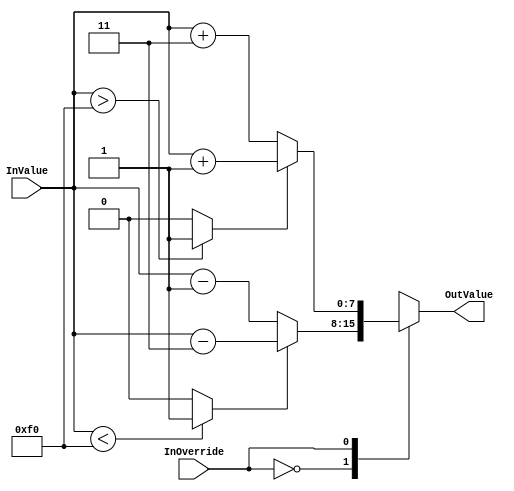
`timescale 1ns/1ps
`default_nettype none
// PLEASE READ THIS, IT MAY SAVE YOU SOME TIME AND MONEY, THANK YOU!
// * This file was generated by Quokka FPGA Toolkit.
// * Generated code is your property, do whatever you want with it
// * Place custom code between [BEGIN USER ***] and [END USER ***].
// * CAUTION: All code outside of [USER] scope is subject to regeneration.
// * Bad things happen sometimes in developer's life,
//   it is recommended to use source control management software (e.g. git, bzr etc) to keep your custom code safe'n'sound.
// * Internal structure of code is subject to change.
//   You can use some of signals in custom code, but most likely they will not exist in future (e.g. will get shorter or gone completely)
// * Please send your feedback, comments, improvement ideas etc. to evmuryshkin@gmail.com
// * Visit https://github.com/EvgenyMuryshkin/QuokkaEvaluation to access latest version of playground
//
// DISCLAIMER:
//   Code comes AS-IS, it is your responsibility to make sure it is working as expected
//   no responsibility will be taken for any loss or damage caused by use of Quokka toolkit.
//
// System configuration name is CombinationalL2Override_TopLevel, clock frequency is 1Hz, Top-level
// FSM summary
// -- Packages
module CombinationalL2Override_TopLevel
(
	// [BEGIN USER PORTS]
	// [END USER PORTS]
	input wire InOverride,
	input wire [7: 0] InValue,
	output wire [7: 0] OutValue
);
	// [BEGIN USER SIGNALS]
	// [END USER SIGNALS]
	localparam HiSignal = 1'b1;
	localparam LoSignal = 1'b0;
	wire Zero = 1'b0;
	wire One = 1'b1;
	wire true = 1'b1;
	wire false = 1'b0;
	wire CombinationalOverridesBase_L16F50T51_Expr = 1'b1;
	wire [1: 0] CombinationalOverridesBase_L14F61T77_CombinationalOverridesBase_L24F9L26T10_CombinationalOverridesBase_L25F20T50_CombinationalL2Override_L19F9L25T10_CombinationalL2Override_L20F41T42_Expr = 2'b11;
	wire [7: 0] CombinationalOverridesBase_L14F61T77_CombinationalOverridesBase_L24F9L26T10_CombinationalOverridesBase_L25F20T50_CombinationalL2Override_L19F9L25T10_CombinationalL2Override_L21F25T29_Expr = 8'b11110000;
	wire [7: 0] CombinationalOverridesBase_L14F80T96_CombinationalOverridesBase_L19F9L21T10_CombinationalOverridesBase_L20F20T50_CombinationalL2Override_L10F9L16T10_CombinationalL2Override_L12F25T29_Expr = 8'b11110000;
	wire [1: 0] CombinationalOverridesBase_L14F80T96_CombinationalOverridesBase_L19F9L21T10_CombinationalOverridesBase_L20F20T50_CombinationalL2Override_L10F9L16T10_CombinationalL2Override_L13F41T42_Expr = 2'b11;
	wire Inputs_InOverride;
	wire [7: 0] Inputs_InValue;
	wire [7: 0] InternalOffset;
	reg [7: 0] CombinationalOverridesBase_L14F61T77_CombinationalOverridesBase_L24F9L26T10_CombinationalOverridesBase_L25F20T50_CombinationalL2Override_L19F9L25T10_result;
	wire [7: 0] CombinationalOverridesBase_L14F61T77_CombinationalOverridesBase_L24F9L26T10_CombinationalOverridesBase_L25F20T50_CombinationalL2Override_L19F9L25T10_CombinationalL2Override_L20F26T43_Cast;
	wire [7: 0] CombinationalOverridesBase_L14F61T77_CombinationalOverridesBase_L24F9L26T10_CombinationalOverridesBase_L25F20T50_CombinationalL2Override_L19F9L25T10_CombinationalL2Override_L22F26T52_CombinationalOverridesBase_L34F9L36T10_CombinationalOverridesBase_L35F20T50_Cast;
	reg [7: 0] CombinationalOverridesBase_L14F80T96_CombinationalOverridesBase_L19F9L21T10_CombinationalOverridesBase_L20F20T50_CombinationalL2Override_L10F9L16T10_result;
	wire [7: 0] CombinationalOverridesBase_L14F80T96_CombinationalOverridesBase_L19F9L21T10_CombinationalOverridesBase_L20F20T50_CombinationalL2Override_L10F9L16T10_CombinationalL2Override_L11F26T52_CombinationalOverridesBase_L29F9L31T10_CombinationalOverridesBase_L30F20T50_Cast;
	wire [7: 0] CombinationalOverridesBase_L14F80T96_CombinationalOverridesBase_L19F9L21T10_CombinationalOverridesBase_L20F20T50_CombinationalL2Override_L10F9L16T10_CombinationalL2Override_L13F26T43_Cast;
	wire [9: 0] CombinationalOverridesBase_L14F61T77_CombinationalOverridesBase_L24F9L26T10_CombinationalOverridesBase_L25F20T50_CombinationalL2Override_L19F9L25T10_CombinationalL2Override_L20F33T42_Expr;
	wire signed [9: 0] CombinationalOverridesBase_L14F61T77_CombinationalOverridesBase_L24F9L26T10_CombinationalOverridesBase_L25F20T50_CombinationalL2Override_L19F9L25T10_CombinationalL2Override_L20F33T42_Expr_1;
	wire signed [9: 0] CombinationalOverridesBase_L14F61T77_CombinationalOverridesBase_L24F9L26T10_CombinationalOverridesBase_L25F20T50_CombinationalL2Override_L19F9L25T10_CombinationalL2Override_L20F33T42_Expr_2;
	wire [9: 0] CombinationalOverridesBase_L14F61T77_CombinationalOverridesBase_L24F9L26T10_CombinationalOverridesBase_L25F20T50_CombinationalL2Override_L19F9L25T10_CombinationalL2Override_L22F26T52_CombinationalOverridesBase_L34F9L36T10_CombinationalOverridesBase_L35F27T49_Expr;
	wire signed [9: 0] CombinationalOverridesBase_L14F61T77_CombinationalOverridesBase_L24F9L26T10_CombinationalOverridesBase_L25F20T50_CombinationalL2Override_L19F9L25T10_CombinationalL2Override_L22F26T52_CombinationalOverridesBase_L34F9L36T10_CombinationalOverridesBase_L35F27T49_Expr_1;
	wire signed [9: 0] CombinationalOverridesBase_L14F61T77_CombinationalOverridesBase_L24F9L26T10_CombinationalOverridesBase_L25F20T50_CombinationalL2Override_L19F9L25T10_CombinationalL2Override_L22F26T52_CombinationalOverridesBase_L34F9L36T10_CombinationalOverridesBase_L35F27T49_Expr_2;
	wire signed [9: 0] CombinationalOverridesBase_L14F80T96_CombinationalOverridesBase_L19F9L21T10_CombinationalOverridesBase_L20F20T50_CombinationalL2Override_L10F9L16T10_CombinationalL2Override_L11F26T52_CombinationalOverridesBase_L29F9L31T10_CombinationalOverridesBase_L30F27T49_Expr;
	wire signed [9: 0] CombinationalOverridesBase_L14F80T96_CombinationalOverridesBase_L19F9L21T10_CombinationalOverridesBase_L20F20T50_CombinationalL2Override_L10F9L16T10_CombinationalL2Override_L11F26T52_CombinationalOverridesBase_L29F9L31T10_CombinationalOverridesBase_L30F27T49_Expr_1;
	wire signed [9: 0] CombinationalOverridesBase_L14F80T96_CombinationalOverridesBase_L19F9L21T10_CombinationalOverridesBase_L20F20T50_CombinationalL2Override_L10F9L16T10_CombinationalL2Override_L11F26T52_CombinationalOverridesBase_L29F9L31T10_CombinationalOverridesBase_L30F27T49_Expr_2;
	wire signed [9: 0] CombinationalOverridesBase_L14F80T96_CombinationalOverridesBase_L19F9L21T10_CombinationalOverridesBase_L20F20T50_CombinationalL2Override_L10F9L16T10_CombinationalL2Override_L13F33T42_Expr;
	wire signed [9: 0] CombinationalOverridesBase_L14F80T96_CombinationalOverridesBase_L19F9L21T10_CombinationalOverridesBase_L20F20T50_CombinationalL2Override_L10F9L16T10_CombinationalL2Override_L13F33T42_Expr_1;
	wire signed [9: 0] CombinationalOverridesBase_L14F80T96_CombinationalOverridesBase_L19F9L21T10_CombinationalOverridesBase_L20F20T50_CombinationalL2Override_L10F9L16T10_CombinationalL2Override_L13F33T42_Expr_2;
	wire CombinationalOverridesBase_L14F61T77_CombinationalOverridesBase_L24F9L26T10_CombinationalOverridesBase_L25F20T50_CombinationalL2Override_L19F9L25T10_CombinationalL2Override_L21F17T29_Expr;
	wire signed [8: 0] CombinationalOverridesBase_L14F61T77_CombinationalOverridesBase_L24F9L26T10_CombinationalOverridesBase_L25F20T50_CombinationalL2Override_L19F9L25T10_CombinationalL2Override_L21F17T29_ExprLhs;
	wire signed [8: 0] CombinationalOverridesBase_L14F61T77_CombinationalOverridesBase_L24F9L26T10_CombinationalOverridesBase_L25F20T50_CombinationalL2Override_L19F9L25T10_CombinationalL2Override_L21F17T29_ExprRhs;
	wire CombinationalOverridesBase_L14F80T96_CombinationalOverridesBase_L19F9L21T10_CombinationalOverridesBase_L20F20T50_CombinationalL2Override_L10F9L16T10_CombinationalL2Override_L12F17T29_Expr;
	wire signed [8: 0] CombinationalOverridesBase_L14F80T96_CombinationalOverridesBase_L19F9L21T10_CombinationalOverridesBase_L20F20T50_CombinationalL2Override_L10F9L16T10_CombinationalL2Override_L12F17T29_ExprLhs;
	wire signed [8: 0] CombinationalOverridesBase_L14F80T96_CombinationalOverridesBase_L19F9L21T10_CombinationalOverridesBase_L20F20T50_CombinationalL2Override_L10F9L16T10_CombinationalL2Override_L12F17T29_ExprRhs;
	reg [7: 0] CombinationalOverridesBase_L14F41T96_Lookup;
	wire CombinationalOverridesBase_L14F41T96_LookupMultiplexerAddress;
	wire [7: 0] CombinationalOverridesBase_L14F41T96_Lookup1;
	wire [7: 0] CombinationalOverridesBase_L14F41T96_Lookup2;
	assign CombinationalOverridesBase_L14F61T77_CombinationalOverridesBase_L24F9L26T10_CombinationalOverridesBase_L25F20T50_CombinationalL2Override_L19F9L25T10_CombinationalL2Override_L21F17T29_Expr = CombinationalOverridesBase_L14F61T77_CombinationalOverridesBase_L24F9L26T10_CombinationalOverridesBase_L25F20T50_CombinationalL2Override_L19F9L25T10_CombinationalL2Override_L21F17T29_ExprLhs > CombinationalOverridesBase_L14F61T77_CombinationalOverridesBase_L24F9L26T10_CombinationalOverridesBase_L25F20T50_CombinationalL2Override_L19F9L25T10_CombinationalL2Override_L21F17T29_ExprRhs ? 1'b1 : 1'b0;
	assign CombinationalOverridesBase_L14F80T96_CombinationalOverridesBase_L19F9L21T10_CombinationalOverridesBase_L20F20T50_CombinationalL2Override_L10F9L16T10_CombinationalL2Override_L12F17T29_Expr = CombinationalOverridesBase_L14F80T96_CombinationalOverridesBase_L19F9L21T10_CombinationalOverridesBase_L20F20T50_CombinationalL2Override_L10F9L16T10_CombinationalL2Override_L12F17T29_ExprLhs < CombinationalOverridesBase_L14F80T96_CombinationalOverridesBase_L19F9L21T10_CombinationalOverridesBase_L20F20T50_CombinationalL2Override_L10F9L16T10_CombinationalL2Override_L12F17T29_ExprRhs ? 1'b1 : 1'b0;
	assign CombinationalOverridesBase_L14F61T77_CombinationalOverridesBase_L24F9L26T10_CombinationalOverridesBase_L25F20T50_CombinationalL2Override_L19F9L25T10_CombinationalL2Override_L20F33T42_Expr = CombinationalOverridesBase_L14F61T77_CombinationalOverridesBase_L24F9L26T10_CombinationalOverridesBase_L25F20T50_CombinationalL2Override_L19F9L25T10_CombinationalL2Override_L20F33T42_Expr_1 + CombinationalOverridesBase_L14F61T77_CombinationalOverridesBase_L24F9L26T10_CombinationalOverridesBase_L25F20T50_CombinationalL2Override_L19F9L25T10_CombinationalL2Override_L20F33T42_Expr_2;
	assign CombinationalOverridesBase_L14F61T77_CombinationalOverridesBase_L24F9L26T10_CombinationalOverridesBase_L25F20T50_CombinationalL2Override_L19F9L25T10_CombinationalL2Override_L22F26T52_CombinationalOverridesBase_L34F9L36T10_CombinationalOverridesBase_L35F27T49_Expr = CombinationalOverridesBase_L14F61T77_CombinationalOverridesBase_L24F9L26T10_CombinationalOverridesBase_L25F20T50_CombinationalL2Override_L19F9L25T10_CombinationalL2Override_L22F26T52_CombinationalOverridesBase_L34F9L36T10_CombinationalOverridesBase_L35F27T49_Expr_1 + CombinationalOverridesBase_L14F61T77_CombinationalOverridesBase_L24F9L26T10_CombinationalOverridesBase_L25F20T50_CombinationalL2Override_L19F9L25T10_CombinationalL2Override_L22F26T52_CombinationalOverridesBase_L34F9L36T10_CombinationalOverridesBase_L35F27T49_Expr_2;
	assign CombinationalOverridesBase_L14F80T96_CombinationalOverridesBase_L19F9L21T10_CombinationalOverridesBase_L20F20T50_CombinationalL2Override_L10F9L16T10_CombinationalL2Override_L11F26T52_CombinationalOverridesBase_L29F9L31T10_CombinationalOverridesBase_L30F27T49_Expr = CombinationalOverridesBase_L14F80T96_CombinationalOverridesBase_L19F9L21T10_CombinationalOverridesBase_L20F20T50_CombinationalL2Override_L10F9L16T10_CombinationalL2Override_L11F26T52_CombinationalOverridesBase_L29F9L31T10_CombinationalOverridesBase_L30F27T49_Expr_1 - CombinationalOverridesBase_L14F80T96_CombinationalOverridesBase_L19F9L21T10_CombinationalOverridesBase_L20F20T50_CombinationalL2Override_L10F9L16T10_CombinationalL2Override_L11F26T52_CombinationalOverridesBase_L29F9L31T10_CombinationalOverridesBase_L30F27T49_Expr_2;
	assign CombinationalOverridesBase_L14F80T96_CombinationalOverridesBase_L19F9L21T10_CombinationalOverridesBase_L20F20T50_CombinationalL2Override_L10F9L16T10_CombinationalL2Override_L13F33T42_Expr = CombinationalOverridesBase_L14F80T96_CombinationalOverridesBase_L19F9L21T10_CombinationalOverridesBase_L20F20T50_CombinationalL2Override_L10F9L16T10_CombinationalL2Override_L13F33T42_Expr_1 - CombinationalOverridesBase_L14F80T96_CombinationalOverridesBase_L19F9L21T10_CombinationalOverridesBase_L20F20T50_CombinationalL2Override_L10F9L16T10_CombinationalL2Override_L13F33T42_Expr_2;
	always @ (*)
	begin
		case (CombinationalOverridesBase_L14F41T96_LookupMultiplexerAddress)
			'b0:
			begin
				CombinationalOverridesBase_L14F41T96_Lookup = CombinationalOverridesBase_L14F41T96_Lookup1;
			end
			'b1:
			begin
				CombinationalOverridesBase_L14F41T96_Lookup = CombinationalOverridesBase_L14F41T96_Lookup2;
			end
			default:
			begin
				CombinationalOverridesBase_L14F41T96_Lookup = 'b00000000;
			end
		endcase
	end
	always @ (*)
	begin
		CombinationalOverridesBase_L14F61T77_CombinationalOverridesBase_L24F9L26T10_CombinationalOverridesBase_L25F20T50_CombinationalL2Override_L19F9L25T10_result = CombinationalOverridesBase_L14F61T77_CombinationalOverridesBase_L24F9L26T10_CombinationalOverridesBase_L25F20T50_CombinationalL2Override_L19F9L25T10_CombinationalL2Override_L20F26T43_Cast;
		if ((CombinationalOverridesBase_L14F61T77_CombinationalOverridesBase_L24F9L26T10_CombinationalOverridesBase_L25F20T50_CombinationalL2Override_L19F9L25T10_CombinationalL2Override_L21F17T29_Expr == 1))
		begin
			CombinationalOverridesBase_L14F61T77_CombinationalOverridesBase_L24F9L26T10_CombinationalOverridesBase_L25F20T50_CombinationalL2Override_L19F9L25T10_result = CombinationalOverridesBase_L14F61T77_CombinationalOverridesBase_L24F9L26T10_CombinationalOverridesBase_L25F20T50_CombinationalL2Override_L19F9L25T10_CombinationalL2Override_L22F26T52_CombinationalOverridesBase_L34F9L36T10_CombinationalOverridesBase_L35F20T50_Cast;
		end
	end
	always @ (*)
	begin
		CombinationalOverridesBase_L14F80T96_CombinationalOverridesBase_L19F9L21T10_CombinationalOverridesBase_L20F20T50_CombinationalL2Override_L10F9L16T10_result = CombinationalOverridesBase_L14F80T96_CombinationalOverridesBase_L19F9L21T10_CombinationalOverridesBase_L20F20T50_CombinationalL2Override_L10F9L16T10_CombinationalL2Override_L11F26T52_CombinationalOverridesBase_L29F9L31T10_CombinationalOverridesBase_L30F20T50_Cast;
		if ((CombinationalOverridesBase_L14F80T96_CombinationalOverridesBase_L19F9L21T10_CombinationalOverridesBase_L20F20T50_CombinationalL2Override_L10F9L16T10_CombinationalL2Override_L12F17T29_Expr == 1))
		begin
			CombinationalOverridesBase_L14F80T96_CombinationalOverridesBase_L19F9L21T10_CombinationalOverridesBase_L20F20T50_CombinationalL2Override_L10F9L16T10_result = CombinationalOverridesBase_L14F80T96_CombinationalOverridesBase_L19F9L21T10_CombinationalOverridesBase_L20F20T50_CombinationalL2Override_L10F9L16T10_CombinationalL2Override_L13F26T43_Cast;
		end
	end
	assign CombinationalOverridesBase_L14F61T77_CombinationalOverridesBase_L24F9L26T10_CombinationalOverridesBase_L25F20T50_CombinationalL2Override_L19F9L25T10_CombinationalL2Override_L21F17T29_ExprLhs = { {1{1'b0}}, Inputs_InValue }/*expand*/;
	assign CombinationalOverridesBase_L14F61T77_CombinationalOverridesBase_L24F9L26T10_CombinationalOverridesBase_L25F20T50_CombinationalL2Override_L19F9L25T10_CombinationalL2Override_L21F17T29_ExprRhs = { {1{1'b0}}, CombinationalOverridesBase_L14F61T77_CombinationalOverridesBase_L24F9L26T10_CombinationalOverridesBase_L25F20T50_CombinationalL2Override_L19F9L25T10_CombinationalL2Override_L21F25T29_Expr }/*expand*/;
	assign CombinationalOverridesBase_L14F80T96_CombinationalOverridesBase_L19F9L21T10_CombinationalOverridesBase_L20F20T50_CombinationalL2Override_L10F9L16T10_CombinationalL2Override_L12F17T29_ExprLhs = { {1{1'b0}}, Inputs_InValue }/*expand*/;
	assign CombinationalOverridesBase_L14F80T96_CombinationalOverridesBase_L19F9L21T10_CombinationalOverridesBase_L20F20T50_CombinationalL2Override_L10F9L16T10_CombinationalL2Override_L12F17T29_ExprRhs = { {1{1'b0}}, CombinationalOverridesBase_L14F80T96_CombinationalOverridesBase_L19F9L21T10_CombinationalOverridesBase_L20F20T50_CombinationalL2Override_L10F9L16T10_CombinationalL2Override_L12F25T29_Expr }/*expand*/;
	assign CombinationalOverridesBase_L14F61T77_CombinationalOverridesBase_L24F9L26T10_CombinationalOverridesBase_L25F20T50_CombinationalL2Override_L19F9L25T10_CombinationalL2Override_L20F33T42_Expr_1 = { {2{1'b0}}, Inputs_InValue }/*expand*/;
	assign CombinationalOverridesBase_L14F61T77_CombinationalOverridesBase_L24F9L26T10_CombinationalOverridesBase_L25F20T50_CombinationalL2Override_L19F9L25T10_CombinationalL2Override_L20F33T42_Expr_2 = { {8{1'b0}}, CombinationalOverridesBase_L14F61T77_CombinationalOverridesBase_L24F9L26T10_CombinationalOverridesBase_L25F20T50_CombinationalL2Override_L19F9L25T10_CombinationalL2Override_L20F41T42_Expr }/*expand*/;
	assign CombinationalOverridesBase_L14F61T77_CombinationalOverridesBase_L24F9L26T10_CombinationalOverridesBase_L25F20T50_CombinationalL2Override_L19F9L25T10_CombinationalL2Override_L22F26T52_CombinationalOverridesBase_L34F9L36T10_CombinationalOverridesBase_L35F27T49_Expr_1 = { {2{1'b0}}, Inputs_InValue }/*expand*/;
	assign CombinationalOverridesBase_L14F61T77_CombinationalOverridesBase_L24F9L26T10_CombinationalOverridesBase_L25F20T50_CombinationalL2Override_L19F9L25T10_CombinationalL2Override_L22F26T52_CombinationalOverridesBase_L34F9L36T10_CombinationalOverridesBase_L35F27T49_Expr_2 = { {2{1'b0}}, InternalOffset }/*expand*/;
	assign CombinationalOverridesBase_L14F80T96_CombinationalOverridesBase_L19F9L21T10_CombinationalOverridesBase_L20F20T50_CombinationalL2Override_L10F9L16T10_CombinationalL2Override_L11F26T52_CombinationalOverridesBase_L29F9L31T10_CombinationalOverridesBase_L30F27T49_Expr_1 = { {2{1'b0}}, Inputs_InValue }/*expand*/;
	assign CombinationalOverridesBase_L14F80T96_CombinationalOverridesBase_L19F9L21T10_CombinationalOverridesBase_L20F20T50_CombinationalL2Override_L10F9L16T10_CombinationalL2Override_L11F26T52_CombinationalOverridesBase_L29F9L31T10_CombinationalOverridesBase_L30F27T49_Expr_2 = { {2{1'b0}}, InternalOffset }/*expand*/;
	assign CombinationalOverridesBase_L14F80T96_CombinationalOverridesBase_L19F9L21T10_CombinationalOverridesBase_L20F20T50_CombinationalL2Override_L10F9L16T10_CombinationalL2Override_L13F33T42_Expr_1 = { {2{1'b0}}, Inputs_InValue }/*expand*/;
	assign CombinationalOverridesBase_L14F80T96_CombinationalOverridesBase_L19F9L21T10_CombinationalOverridesBase_L20F20T50_CombinationalL2Override_L10F9L16T10_CombinationalL2Override_L13F33T42_Expr_2 = { {8{1'b0}}, CombinationalOverridesBase_L14F80T96_CombinationalOverridesBase_L19F9L21T10_CombinationalOverridesBase_L20F20T50_CombinationalL2Override_L10F9L16T10_CombinationalL2Override_L13F41T42_Expr }/*expand*/;
	assign Inputs_InOverride = InOverride;
	assign Inputs_InValue = InValue;
	assign InternalOffset = { {7{1'b0}}, CombinationalOverridesBase_L16F50T51_Expr }/*expand*/;
	assign CombinationalOverridesBase_L14F61T77_CombinationalOverridesBase_L24F9L26T10_CombinationalOverridesBase_L25F20T50_CombinationalL2Override_L19F9L25T10_CombinationalL2Override_L20F26T43_Cast = CombinationalOverridesBase_L14F61T77_CombinationalOverridesBase_L24F9L26T10_CombinationalOverridesBase_L25F20T50_CombinationalL2Override_L19F9L25T10_CombinationalL2Override_L20F33T42_Expr[7:0]/*truncate*/;
	assign CombinationalOverridesBase_L14F61T77_CombinationalOverridesBase_L24F9L26T10_CombinationalOverridesBase_L25F20T50_CombinationalL2Override_L19F9L25T10_CombinationalL2Override_L22F26T52_CombinationalOverridesBase_L34F9L36T10_CombinationalOverridesBase_L35F20T50_Cast = CombinationalOverridesBase_L14F61T77_CombinationalOverridesBase_L24F9L26T10_CombinationalOverridesBase_L25F20T50_CombinationalL2Override_L19F9L25T10_CombinationalL2Override_L22F26T52_CombinationalOverridesBase_L34F9L36T10_CombinationalOverridesBase_L35F27T49_Expr[7:0]/*truncate*/;
	assign CombinationalOverridesBase_L14F80T96_CombinationalOverridesBase_L19F9L21T10_CombinationalOverridesBase_L20F20T50_CombinationalL2Override_L10F9L16T10_CombinationalL2Override_L11F26T52_CombinationalOverridesBase_L29F9L31T10_CombinationalOverridesBase_L30F20T50_Cast = CombinationalOverridesBase_L14F80T96_CombinationalOverridesBase_L19F9L21T10_CombinationalOverridesBase_L20F20T50_CombinationalL2Override_L10F9L16T10_CombinationalL2Override_L11F26T52_CombinationalOverridesBase_L29F9L31T10_CombinationalOverridesBase_L30F27T49_Expr[7:0]/*truncate*/;
	assign CombinationalOverridesBase_L14F80T96_CombinationalOverridesBase_L19F9L21T10_CombinationalOverridesBase_L20F20T50_CombinationalL2Override_L10F9L16T10_CombinationalL2Override_L13F26T43_Cast = CombinationalOverridesBase_L14F80T96_CombinationalOverridesBase_L19F9L21T10_CombinationalOverridesBase_L20F20T50_CombinationalL2Override_L10F9L16T10_CombinationalL2Override_L13F33T42_Expr[7:0]/*truncate*/;
	assign OutValue = CombinationalOverridesBase_L14F41T96_Lookup;
	assign CombinationalOverridesBase_L14F41T96_Lookup1 = CombinationalOverridesBase_L14F80T96_CombinationalOverridesBase_L19F9L21T10_CombinationalOverridesBase_L20F20T50_CombinationalL2Override_L10F9L16T10_result;
	assign CombinationalOverridesBase_L14F41T96_Lookup2 = CombinationalOverridesBase_L14F61T77_CombinationalOverridesBase_L24F9L26T10_CombinationalOverridesBase_L25F20T50_CombinationalL2Override_L19F9L25T10_result;
	assign CombinationalOverridesBase_L14F41T96_LookupMultiplexerAddress = Inputs_InOverride;
	// [BEGIN USER ARCHITECTURE]
	// [END USER ARCHITECTURE]
endmodule